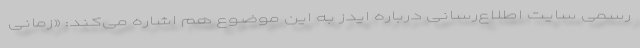
رسمی سایت اطلاع‌رسانی درباره ایدز به این موضوع هم اشاره می‌کند: «زمانی